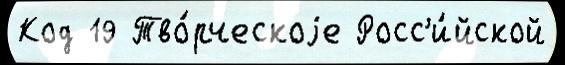
Код 19 Тво́рческоjе Росс'и́йской